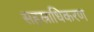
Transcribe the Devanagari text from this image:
सहस्राधिकरण